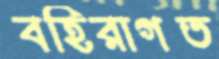
বহিরাগত